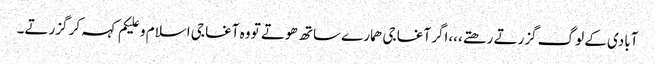
آبادی کے لوگ گزرتے رھتے،،،اگر آغا جی ھمارے ساتھ ھوتے تو وہ آغا جی اسلام و علیکم کہہ کر گزرتے۔